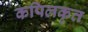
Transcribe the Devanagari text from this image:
कपिलकृत